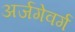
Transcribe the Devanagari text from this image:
अर्जगेवर्ग